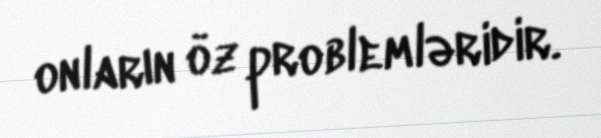
onların öz problemləridir.